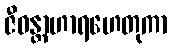
ဇီဝန္တာဟာရဟေတုကာ